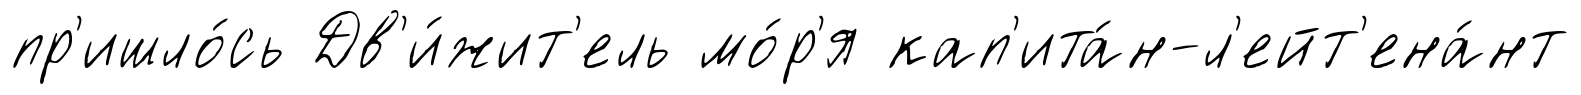
пр'ишло́сь Дв'и́жит'ель мо́р'я кап'ита́н-л'ейт'ена́нт